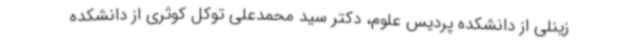
زینلی از دانشکده پردیس علوم، دکتر سید محمدعلی توکل کوثری از دانشکده